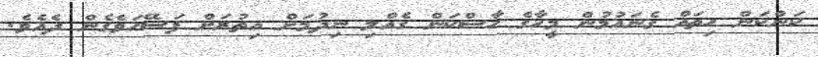
ކަންކަން ހިތައް ގެނައުމުން މީހާގެ ހާސްކަން ގެއްލި ނިދުމަށް އިތުރަށް ފަސޭހަވެގެން ދެއެވެ.